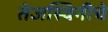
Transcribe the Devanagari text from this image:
तेजस्विनीचे